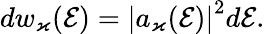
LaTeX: dw_{\varkappa}(\mathcal{E})=\left|a_{\varkappa}(\mathcal{E})\right|^{2}d\mathcal{E}.